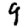
Digit: 9